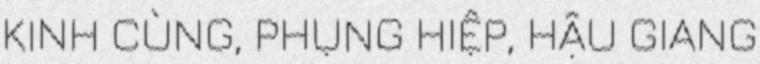
KINH CÙNG, PHỤNG HIỆP, HẬU GIANG